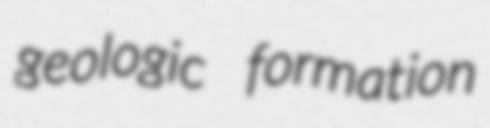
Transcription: geologic formation